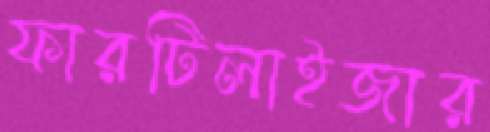
ফারটিলাইজার